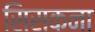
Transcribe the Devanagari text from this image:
सिसकना